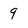
Character: 9